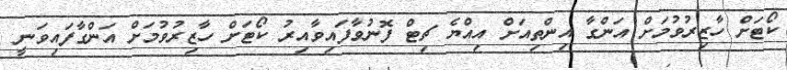
ކޯޓަށް ހާޒިރުވުމަށް އަންގާ އިންތިއަށް އިއްޔެ ޗިޓް ފޮނުވާފައިވާއިރު ކޯޓަށް ހާޒިރުވުމަށް އަންގާފައިވަނީ